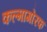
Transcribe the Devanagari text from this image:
कल्मागोरफ